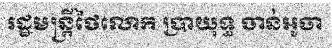
រដ្ឋមន្ត្រីថៃលោក ប្រាយុទ្ធ ចាន់អូចា